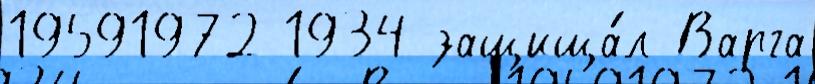
19591972 1934 защища́л Варга